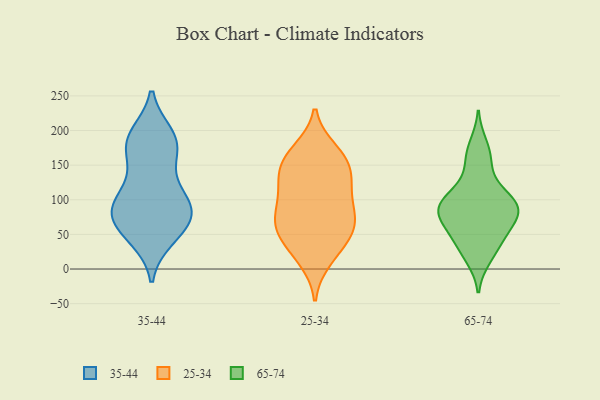
{"axis": {"x": "Production Output", "y": "Value"}, "legend": ["25-34", "35-44", "65-74"], "data": [{"x": "", "y": 194, "type": "35-44"}, {"x": "", "y": 194, "type": "35-44"}, {"x": "", "y": 91, "type": "35-44"}, {"x": "", "y": 182, "type": "35-44"}, {"x": "", "y": 141, "type": "35-44"}, {"x": "", "y": 82, "type": "35-44"}, {"x": "", "y": 69, "type": "35-44"}, {"x": "", "y": 99, "type": "35-44"}, {"x": "", "y": 45, "type": "35-44"}, {"x": "", "y": 116, "type": "35-44"}, {"x": "", "y": 99, "type": "35-44"}, {"x": "", "y": 176, "type": "35-44"}, {"x": "", "y": 89, "type": "35-44"}, {"x": "", "y": 44, "type": "35-44"}, {"x": "", "y": 163, "type": "35-44"}, {"x": "", "y": 186, "type": "35-44"}, {"x": "", "y": 55, "type": "35-44"}, {"x": "", "y": 76, "type": "35-44"}, {"x": "", "y": 74, "type": "35-44"}, {"x": "", "y": 101, "type": "25-34"}, {"x": "", "y": 115, "type": "25-34"}, {"x": "", "y": 14, "type": "25-34"}, {"x": "", "y": 119, "type": "25-34"}, {"x": "", "y": 140, "type": "25-34"}, {"x": "", "y": 160, "type": "25-34"}, {"x": "", "y": 165, "type": "25-34"}, {"x": "", "y": 171, "type": "25-34"}, {"x": "", "y": 55, "type": "25-34"}, {"x": "", "y": 42, "type": "25-34"}, {"x": "", "y": 74, "type": "25-34"}, {"x": "", "y": 81, "type": "25-34"}, {"x": "", "y": 52, "type": "25-34"}, {"x": "", "y": 151, "type": "25-34"}, {"x": "", "y": 69, "type": "25-34"}, {"x": "", "y": 132, "type": "25-34"}, {"x": "", "y": 23, "type": "25-34"}, {"x": "", "y": 70, "type": "25-34"}, {"x": "", "y": 47, "type": "65-74"}, {"x": "", "y": 79, "type": "65-74"}, {"x": "", "y": 72, "type": "65-74"}, {"x": "", "y": 22, "type": "65-74"}, {"x": "", "y": 118, "type": "65-74"}, {"x": "", "y": 92, "type": "65-74"}, {"x": "", "y": 75, "type": "65-74"}, {"x": "", "y": 180, "type": "65-74"}, {"x": "", "y": 162, "type": "65-74"}, {"x": "", "y": 48, "type": "65-74"}, {"x": "", "y": 150, "type": "65-74"}, {"x": "", "y": 100, "type": "65-74"}, {"x": "", "y": 88, "type": "65-74"}, {"x": "", "y": 15, "type": "65-74"}, {"x": "", "y": 103, "type": "65-74"}, {"x": "", "y": 46, "type": "65-74"}, {"x": "", "y": 95, "type": "65-74"}, {"x": "", "y": 81, "type": "65-74"}]}